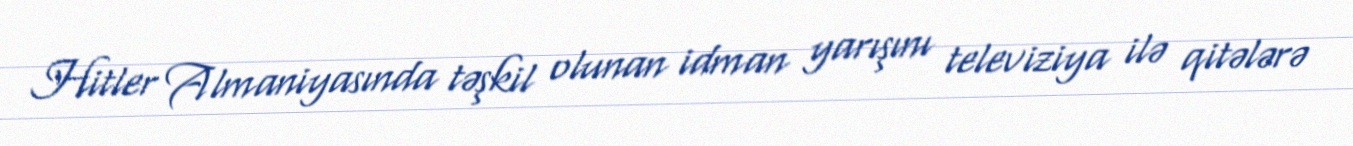
Hitler Almaniyasında təşkil olunan idman yarışını televiziya ilə qitələrə